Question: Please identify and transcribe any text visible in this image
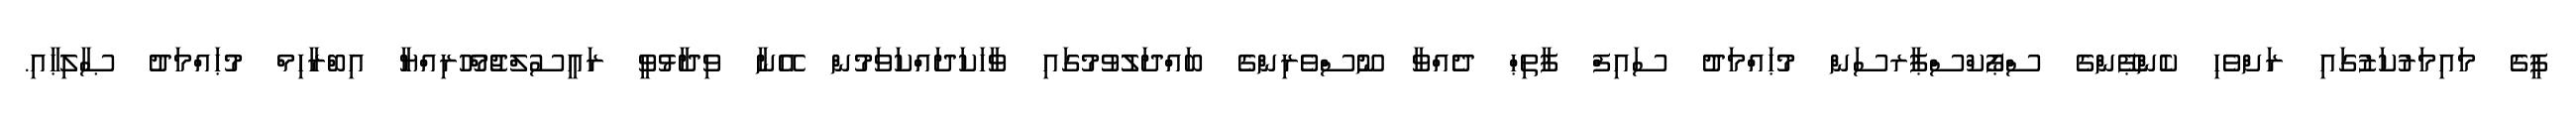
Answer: ޕީގެ މައިމަރުކަޒުގައި ރަށްވެހި ކެންޕޭންގެ ސްޕޯކްސްޕާރސަން މުޙައްމަދު ސައިފް ފާތިޙް ދެއްވާ ނޫސްވެރިންގެ ބައްދަލުވުމުގައި ވާހަކަދައްކަވަމުން އޭނާ ވިދާޅުވީ ރައީސުލްޖުމްހޫރިއްޔާ އިބްރާހިމް މުޙައްމަދު ޞާލިޙާއި.